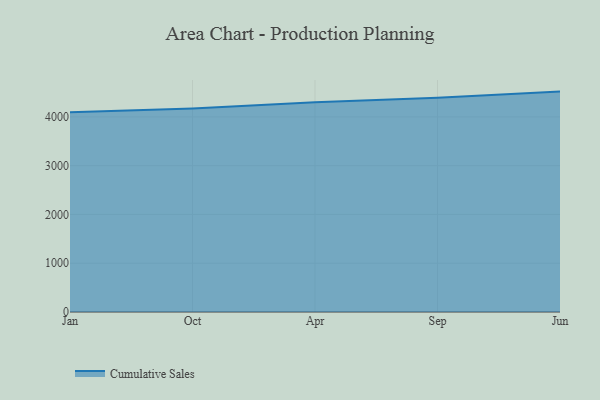
{"axis": {"x": "Month", "y": "Latency (ms)"}, "legend": ["Cumulative Sales"], "data": [{"x": "Jan", "y": 4095.8, "type": "Cumulative Sales"}, {"x": "Oct", "y": 4173.3, "type": "Cumulative Sales"}, {"x": "Apr", "y": 4297.7, "type": "Cumulative Sales"}, {"x": "Sep", "y": 4393.3, "type": "Cumulative Sales"}, {"x": "Jun", "y": 4518.4, "type": "Cumulative Sales"}]}